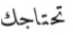
تحتاجك